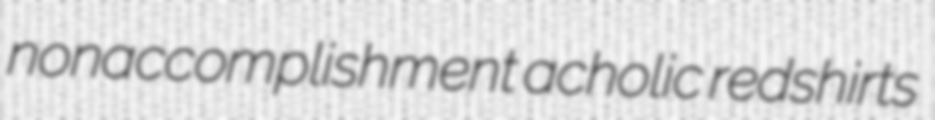
nonaccomplishment acholic redshirts